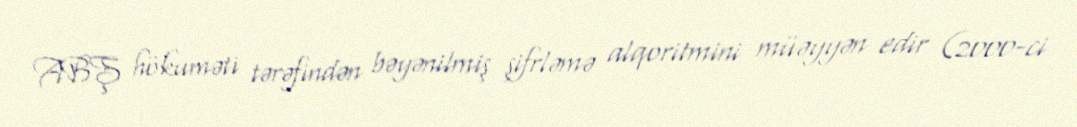
ABŞ hökuməti tərəfindən bəyənilmiş şifrləmə alqoritmini müəyyən edir (2000-ci